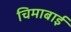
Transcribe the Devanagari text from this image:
चिमाबाई